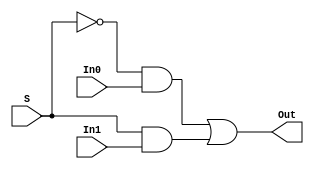
`timescale 1ns / 1ps

module Mux(
    input In0,
    input In1,
    input S,
	 output Out
    );
	 
wire w1,w2; 
 
and(w1,~S,In0);
and(w2,S,In1);
or (Out,w1,w2);	 

endmodule